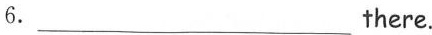
6.___there.